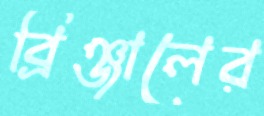
ব্রিঞ্জালের